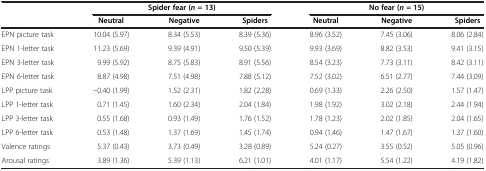
<table><thead><tr><td><b> </b></td><td colspan="3"><b>Spider fear (<i>n </i>= 13)</b></td><td colspan="3"><b>No fear (<i>n </i>= 15)</b></td></tr><tr><td><b> </b></td><td><b>Neutral</b></td><td><b>Negative</b></td><td><b>Spiders</b></td><td><b>Neutral</b></td><td><b>Negative</b></td><td><b>Spiders</b></td></tr></thead><tbody><tr><td>EPN picture task</td><td>10.04 (5.97)</td><td>8.34 (5.53)</td><td>8.39 (5.36)</td><td>8.96 (3.52)</td><td>7.45 (3.06)</td><td>8.06 (2.84)</td></tr><tr><td>EPN 1-letter task</td><td>11.23 (5.69)</td><td>9.39 (4.91)</td><td>9.50 (5.39)</td><td>9.93 (3.69)</td><td>8.82 (3.53)</td><td>9.41 (3.15)</td></tr><tr><td>EPN 3-letter task</td><td> 9.99 (5.92)</td><td>8.75 (5.83)</td><td>8.91 (5.56)</td><td>8.54 (3.23)</td><td>7.73 (3.11)</td><td>8.42 (3.11)</td></tr><tr><td>EPN 6-letter task</td><td> 8.87 (4.98)</td><td>7.51 (4.98)</td><td>7.88 (5.12)</td><td>7.52 (3.02)</td><td>6.51 (2.77)</td><td>7.44 (3.09)</td></tr><tr><td>LPP picture task</td><td>−0.40 (1.99)</td><td>1.52 (2.31)</td><td>1.82 (2.28)</td><td>0.69 (1.33)</td><td>2.26 (2.50)</td><td>1.57 (1.47)</td></tr><tr><td>LPP 1-letter task</td><td> 0.71 (1.45)</td><td>1.60 (2.34)</td><td>2.04 (1.84)</td><td>1.98 (1.92)</td><td>3.02 (2.18)</td><td>2.44 (1.94)</td></tr><tr><td>LPP 3-letter task</td><td> 0.55 (1.68)</td><td>0.93 (1.49)</td><td>1.76 (1.52)</td><td>1.78 (1.23)</td><td>2.02 (1.85)</td><td>2.04 (1.65)</td></tr><tr><td>LPP 6-letter task</td><td> 0.53 (1.48)</td><td>1.37 (1.69)</td><td>1.45 (1.74)</td><td>0.94 (1.46)</td><td>1.47 (1.67)</td><td>1.37 (1.60)</td></tr><tr><td>Valence ratings</td><td> 5.37 (0.43)</td><td>3.73 (0.49)</td><td>3.28 (0.89)</td><td>5.24 (0.27)</td><td>3.55 (0.52)</td><td>5.05 (0.96)</td></tr><tr><td>Arousal ratings</td><td> 3.89 (1.36)</td><td>5.39 (1.13)</td><td>6.21 (1.01)</td><td>4.01 (1.17)</td><td>5.54 (1.22)</td><td>4.19 (1.82)</td></tr></tbody></table>